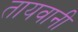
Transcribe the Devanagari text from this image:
तायवानी